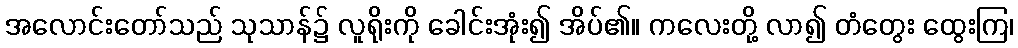
အလောင်းတော်သည် သုသာန်၌ လူရိုးကို ခေါင်းအုံး၍ အိပ်၏။ ကလေးတို့ လာ၍ တံတွေး ထွေးကြ၊